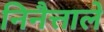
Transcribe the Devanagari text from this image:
निनैत्ताले